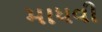
માધવી